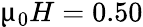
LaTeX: \upmu_{0}H=0.50